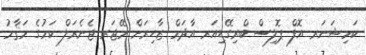
ކަމިޝަނަރ އޮފް ޕޮލިސް ބްރިގޭޑިއަރ އާދަމް ޒާހިރަށް މޭޖަރ ޖެނެރަލް ކަމުގެ މަޤާމު